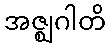
အဇ္ဈဂါတိ